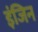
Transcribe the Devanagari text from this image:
इंजिन